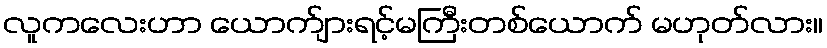
လူကလေးဟာ ယောက်ျားရင့်မကြီးတစ်ယောက် မဟုတ်လား။